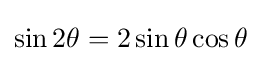
\sin 2\theta =2\sin \theta \cos \theta